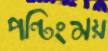
পন্টিংময়